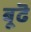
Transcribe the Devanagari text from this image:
बूढॆ